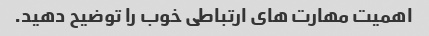
اهمیت مهارت های ارتباطی خوب را توضیح دهید.